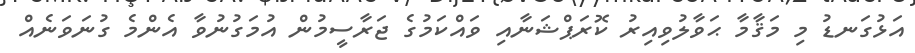
އަޅުގަނޑު މި މަޤާމާ ޙަވާލުވިއިރު ކޮރަޕްޝަނާއި ވައްކަމުގެ ޖަރާސީމުން އުމަގުނުވާ އެންމެ ގުނަވަނެއް